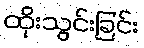
ထိုးသွင်းခြင်း